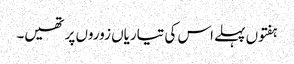
ہفتوں پہلے اس کی تیاریاں زوروں پر تھیں۔